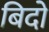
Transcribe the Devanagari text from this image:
बिदो